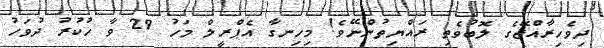
ދިވެހިރާއްޖޭގެ ލޮބުވެތި ރައްޔިތުންނޭވެ! މިހިނގާ އެޕްރީލް މަހު 29 ވާ ހުކުރު ދުވަހު